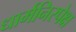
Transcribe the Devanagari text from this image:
धार्मनिरपेक्ष